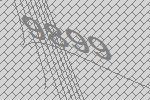
9899